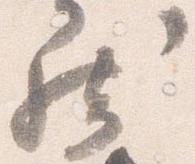
然